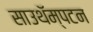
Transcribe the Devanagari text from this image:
साउथॅम्पटन